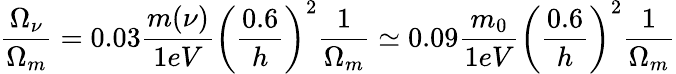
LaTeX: \frac{\Omega_{\nu}}{\Omega_{m}}=0.03\frac{m(\nu)}{1eV}\left(\frac{0.6}{h}\right)^{2}\frac{1}{\Omega_{m}}\simeq 0.09\frac{m_{0}}{1eV}\left(\frac{0.6}{h}\right)^{2}\frac{1}{\Omega_{m}}